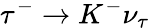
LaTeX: \tau^{-}\to K^{-}\nu_{\tau}